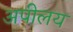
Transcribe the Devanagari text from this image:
अपीलय